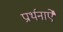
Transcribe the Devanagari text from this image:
प्रार्थनाऐं